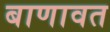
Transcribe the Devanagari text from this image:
बाणावत